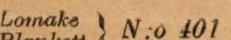
Lomake  N:o 401